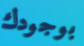
بوجودك